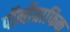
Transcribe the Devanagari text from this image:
पॉर्नोग्राफिक